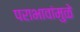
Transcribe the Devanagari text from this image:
पराभावांमुळे